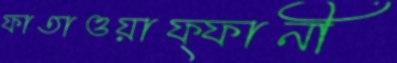
ফাতাওয়াফ্ফানী